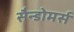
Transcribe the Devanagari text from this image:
सैन्डोमर्स